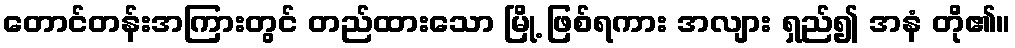
တောင်တန်းအကြားတွင် တည်ထားသော မြို့ ဖြစ်ရကား အလျား ရှည်၍ အနံ တို၏။